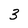
Character: 3